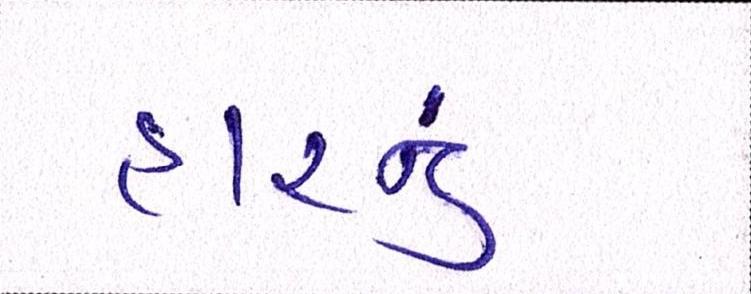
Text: હારનું